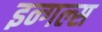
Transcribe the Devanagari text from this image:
इन्गल्स